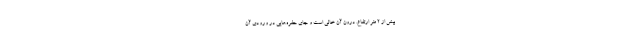
بیش از ۲ متر ارتفاع. درون آن خالی است و جای حفره‌هایی در ورودی آن